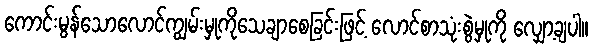
ကောင်းမွန်သောလောင်ကျွမ်းမှုကိုသေချာစေခြင်းဖြင့် လောင်စာသုံးစွဲမှုကို လျှော့ချပါ။